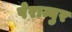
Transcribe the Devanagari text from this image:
पेराम्बुर